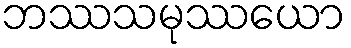
ဘဿသမုဿယော